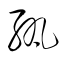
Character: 紈